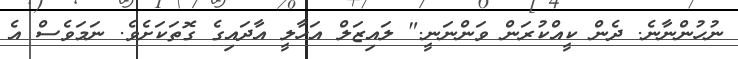
ނުހުންނާނެ. ދެން ކީއްކުރަން ވަންނަނީ." ލައިޒަލް އަހާލީ އާދައިގެ ގޮތަކަށެވެ. ނަމަވެސް އެ